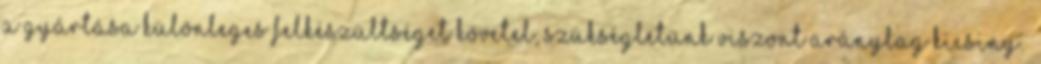
a gyártása különleges felkészültséget követel, szükségletünk viszont aránylag kicsiny.”